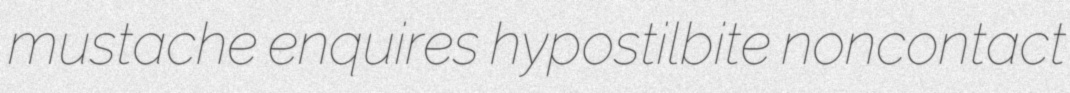
mustache enquires hypostilbite noncontact